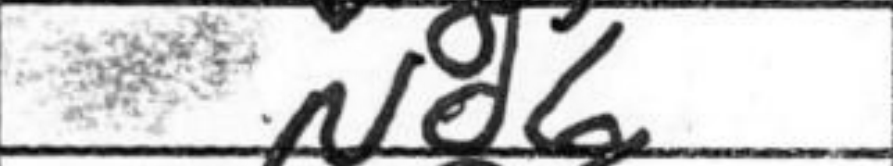
Transcription: Nd6